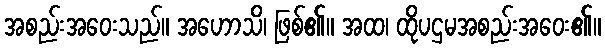
အစည်းအဝေးသည်။ အဟောသိ၊ ဖြစ်၏။ အထ၊ ထိုပဌမအစည်းအဝေး၏။